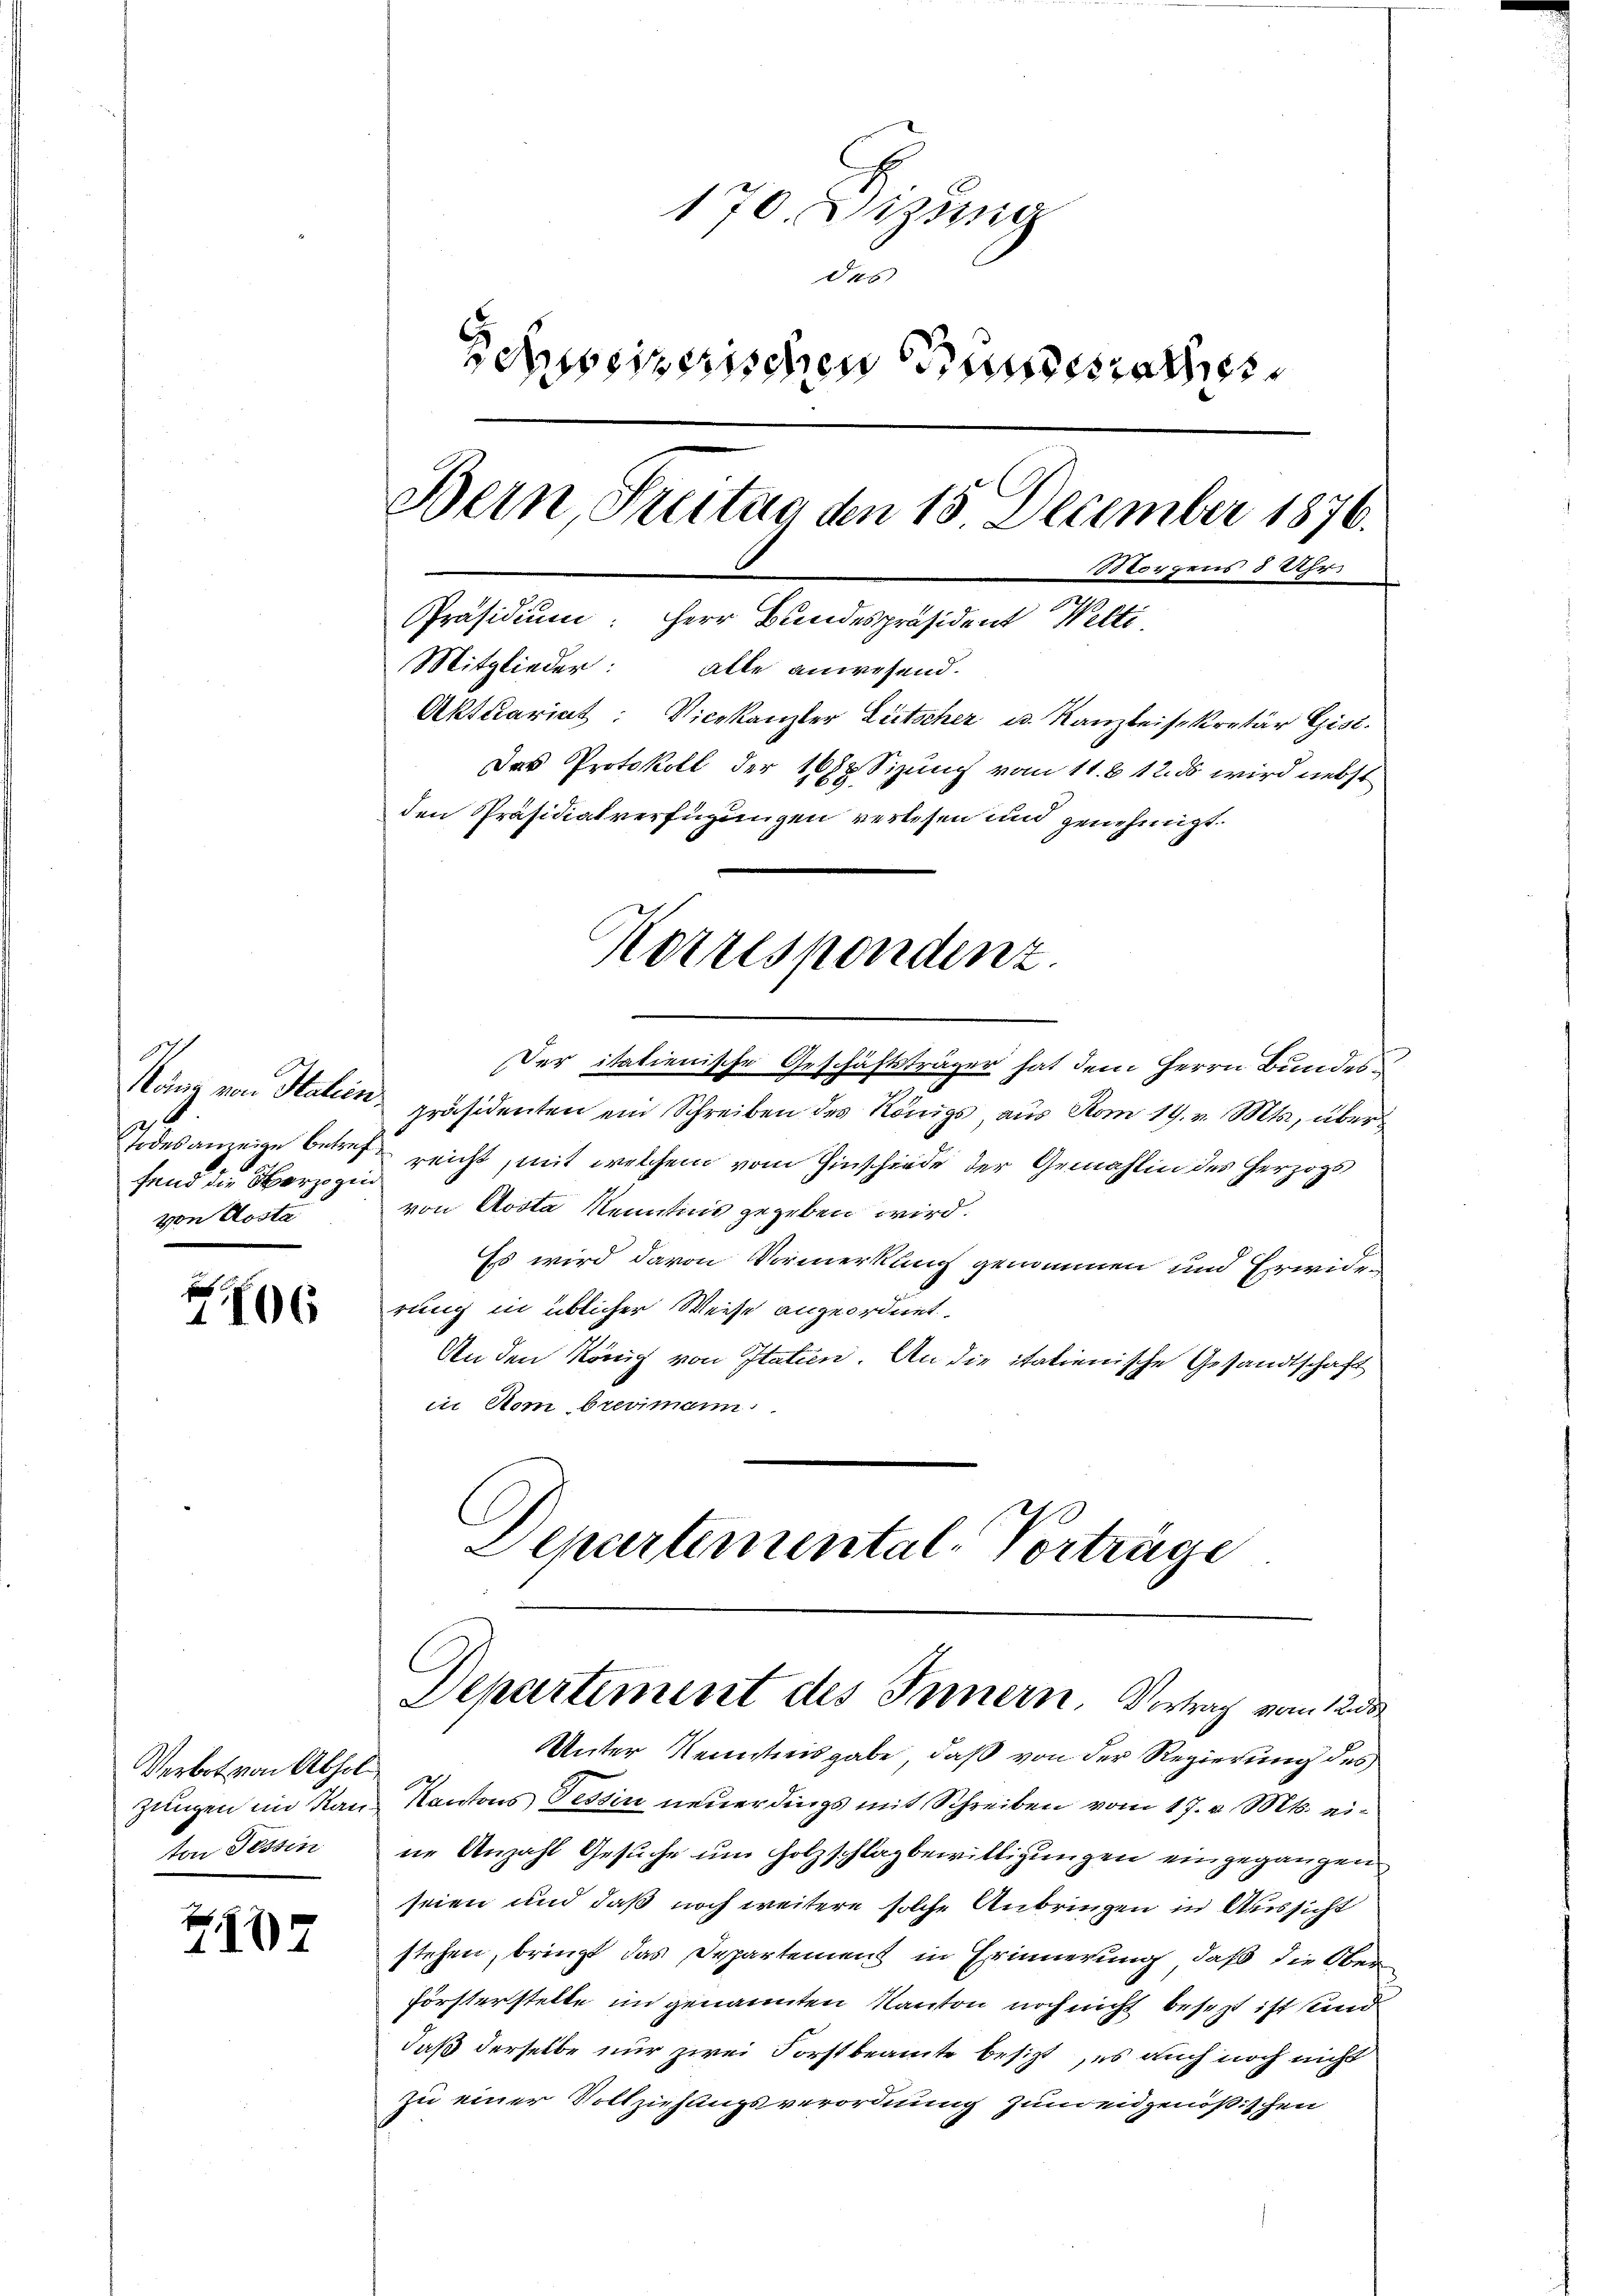
Höni von Italien
t
Todesanzeige betref
.
fend die Oberzogin
von Aosta

106

Verbot von Abhol
ton Tessin

2117

170. Sizung
des
Schweizerischen Bundesrathes
Bern, Freitung den 15. December 1876.
ns 8 Uhr
188604.
Präsidium: Herr Bundespräsident Welti
Mitglieder: alle anwesend.
Aktuariat: Vicekanzler Lütscher u. Kanzleisekretär Gise
Der Protokoll der 1688 Sizung vom 11. 612. ds wird nebst
den Präsidialverfügungen verlesen und genehmigt.

Der italienische Geschäftsträger hat dem Herrn Bundes
präsidenten ein Schreiben des Königs, aus Rom 19. v. Mts., über
reicht, mit welchem vom Einschiede der Gemahlin des Herzogs
von Aosta Kenntnis gegeben wird.
Es wird davon Vormerkung genommen und Erwide-
rung in üblicher Weise angeordnet.
An den König von Italien. An die italienische Gesandtschaft
in Rom brevimann.
Departemental-Vorträge

Korrespondenz.

Departement des Innern. Vertrag vom 12te

Unter Kenntnisgabe, daß von der Regierung des
zungen im Ran Kantons Tessin neuerdings mit Schreiben vom 17. v. Mts. eine Anzahl Gesuche um Holzschlagbewilligungen eingegangen
seien und daß noch weitere solche Anbringen in Aussicht
stehen, bringt das Departemens in Erinnerung, daß die Ober
försterstelle in genannten Kanton noch nicht besezt ist sind
daß derselbe nur zwei Forstbeamte besizt, es auch noch nicht
zu einer Vollziehungsverordnung zum eidgenößischen